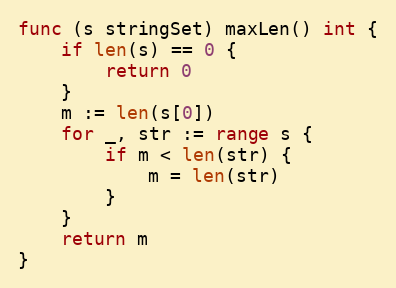
Language: Go
func (s stringSet) maxLen() int {
	if len(s) == 0 {
		return 0
	}
	m := len(s[0])
	for _, str := range s {
		if m < len(str) {
			m = len(str)
		}
	}
	return m
}